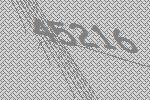
45216